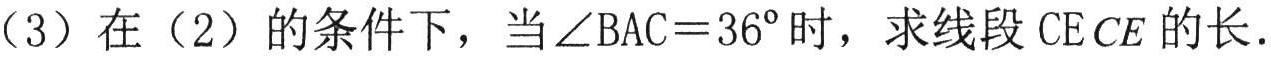
（3）在（2）的条件下，当\(\angle BAC = 36^{\circ}\)时，求线段 \(CE\) 的长.